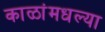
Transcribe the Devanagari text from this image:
काळांमधल्या